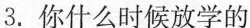
3.你什么时候放学的